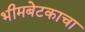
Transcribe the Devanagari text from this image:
भीमबेटकाचा